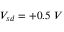
V _ { s d } = + 0 . 5 \ V